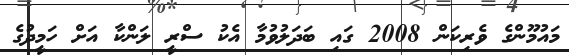
މައުމޫންގެ ވެރިކަން 2008 ގައި ބަދަލުވުމާ އެކު ސްރީ ލަންކާ އަށް ހަމީދުގެ